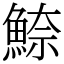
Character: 䱞